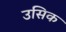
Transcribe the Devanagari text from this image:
उसिक